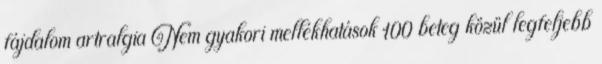
fájdalom artralgia Nem gyakori mellékhatások 100 beteg közül legfeljebb